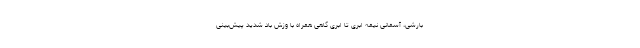
بارشی، آسمانی نیمه ابری تا ابری گاهی همراه با وزش باد شدید پیش‌بینی